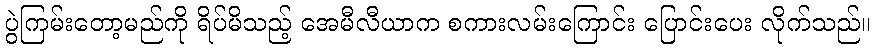
ပွဲကြမ်းတော့မည်ကို ရိပ်မိသည့် အေမီလီယာက စကားလမ်းကြောင်း ပြောင်းပေး လိုက်သည်။